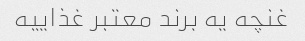
غنچه یه برند معتبر غذاییه